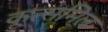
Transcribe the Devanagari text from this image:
कूत्समिल